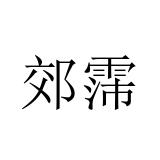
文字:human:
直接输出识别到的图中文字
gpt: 郊霈